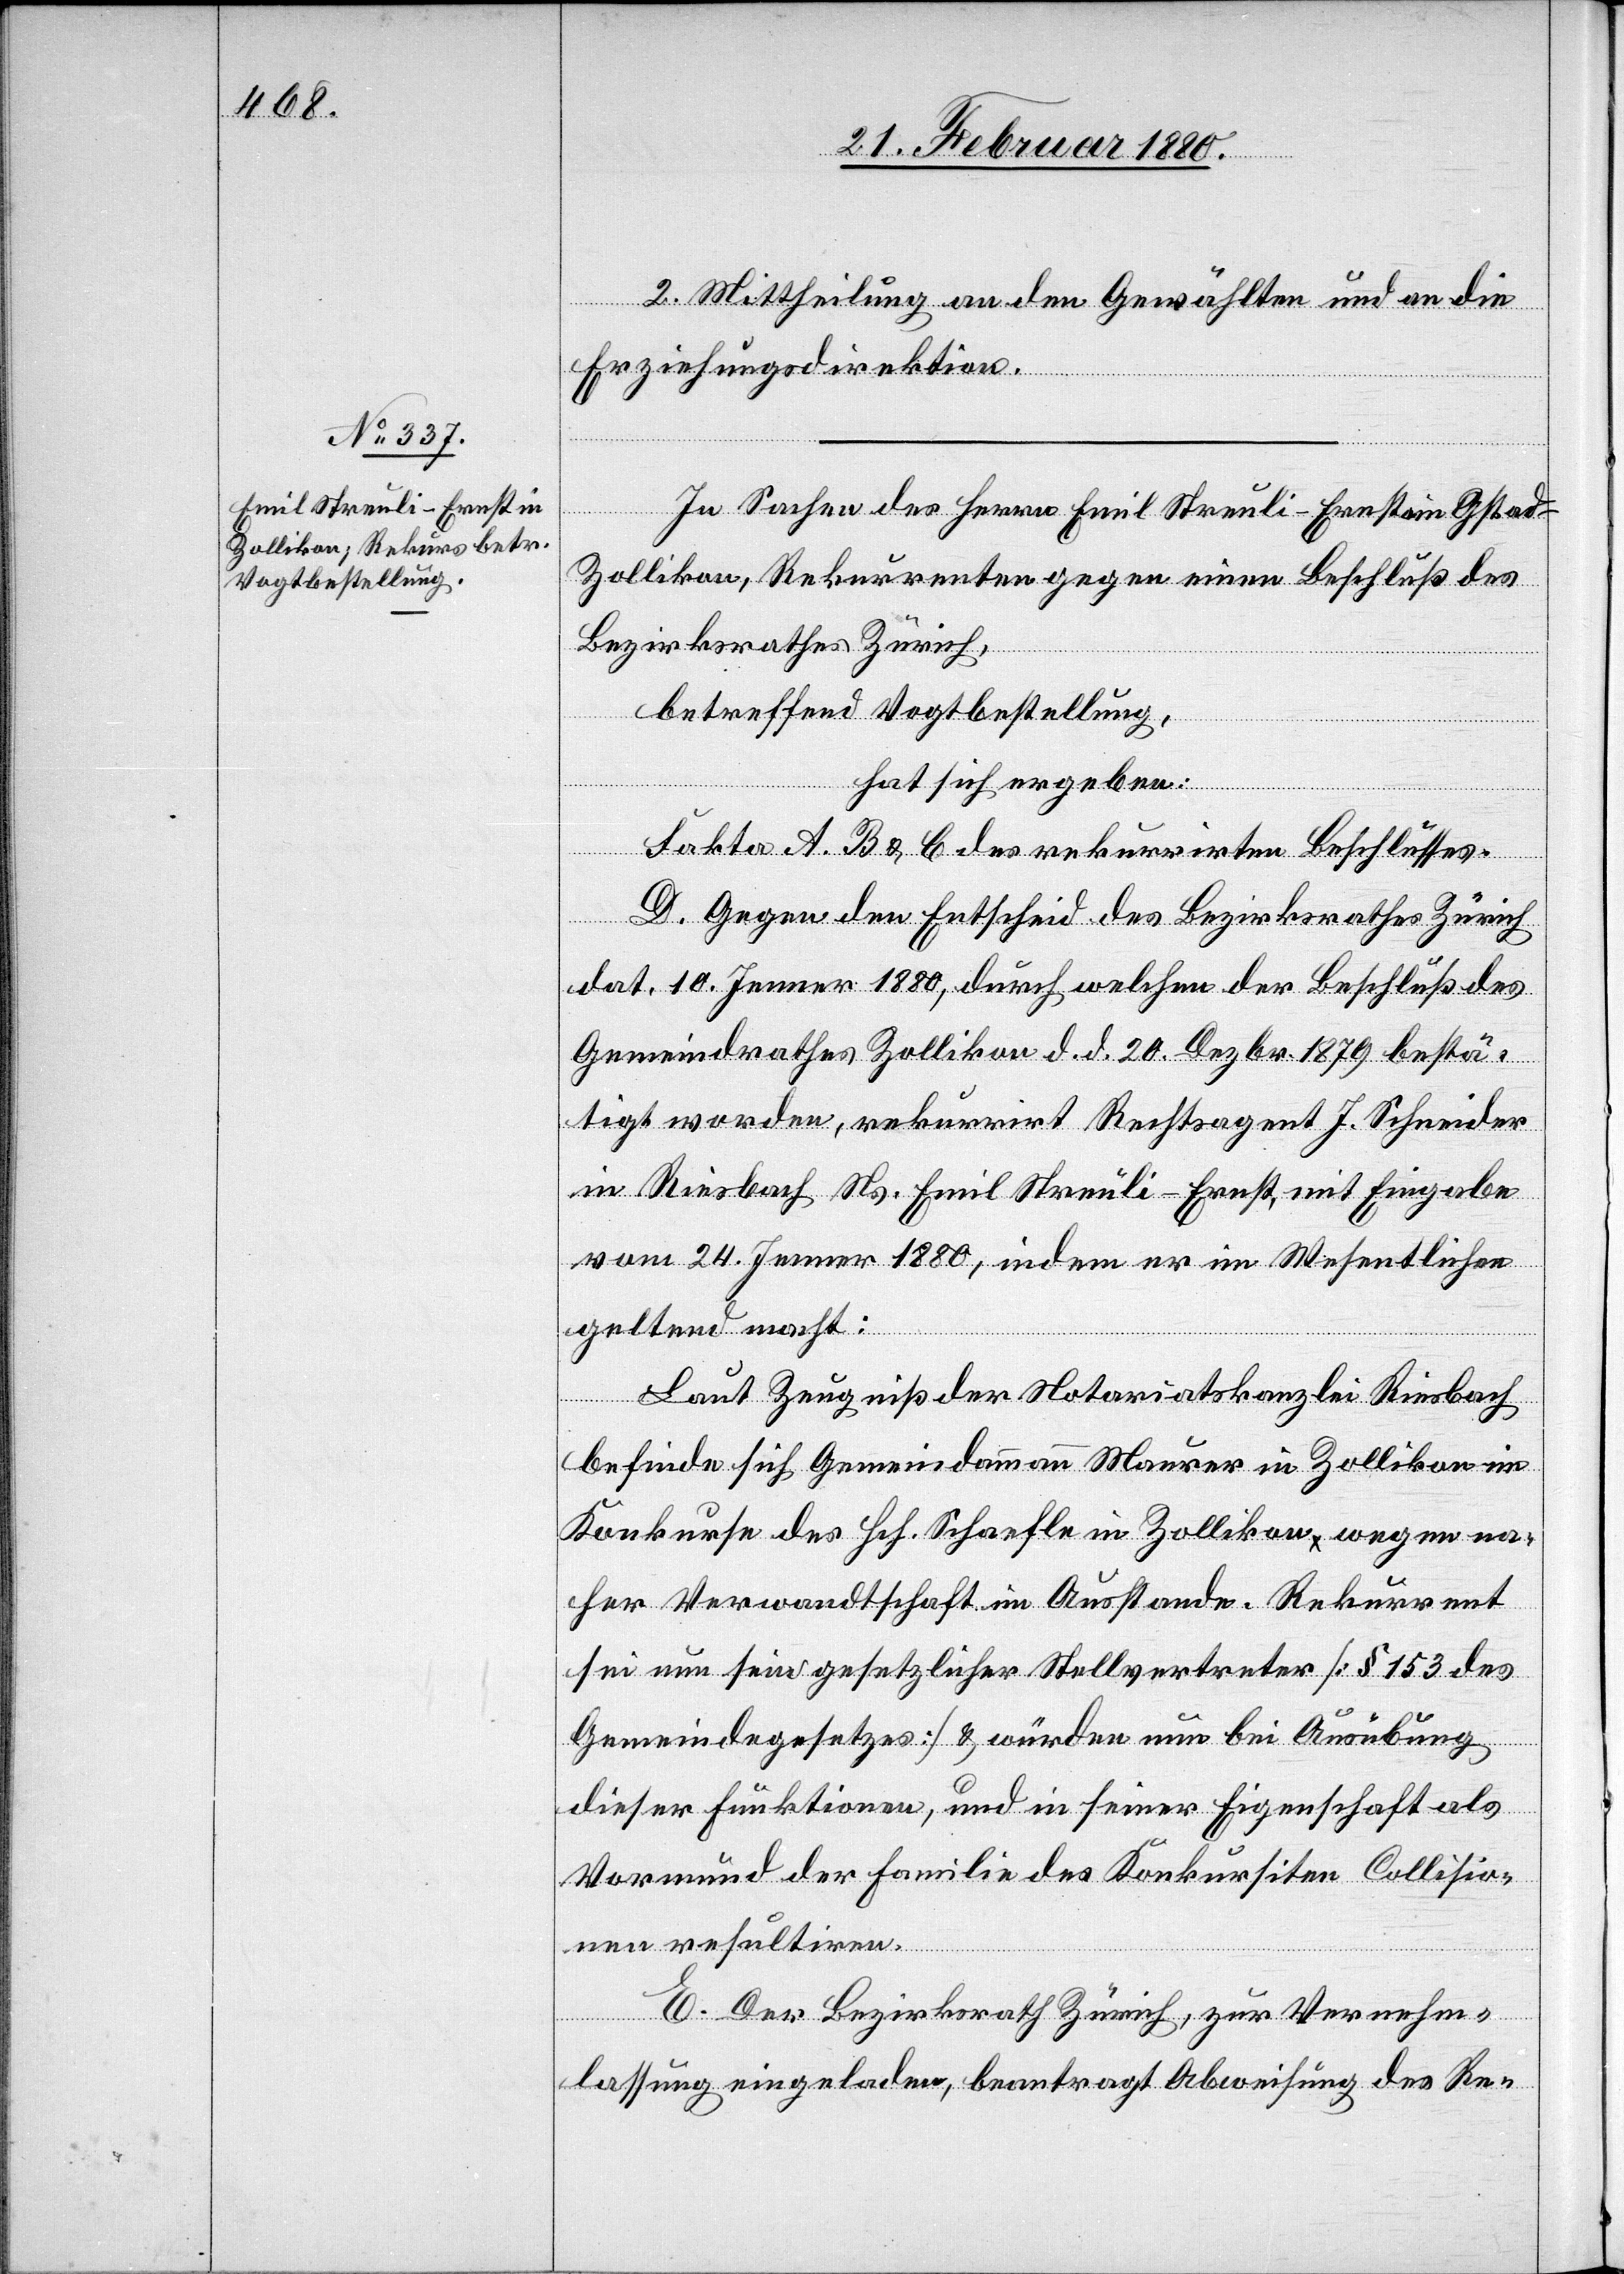
2. Mittheilung an den Gewählten und an die
Erziehungsdirektion.
In Sachen des Herrn Emil Streuli-Ernst am Gstad -
Zollikon, Rekurrenten gegen einen Beschluß des
Bezirksrathes Zürich,
betreffend Vogtbestellung,
hat sich ergeben:
Fakta A. B. & C des rekurrirten Beschlusses.
D. Gegen den Entscheid des Bezirksrathes Zürich
dat. 10. Jenner 1880, durch welchen der Beschluß des
Gemeindrathes Zollikon d. d. 20. Dezbr. 1879 bestä¬
tigt worden, rekurrirt Rechtsagent J. Schneider
in Riesbach Ns. Emil Streuli-Ernst, mit Eingabe
vom 24. Jenner 1880, indem er im Wesentlichen
geltend macht:
Laut Zeugniß der Notariatskanzlei Riesbach
befinde sich Gemeindammann Maurer in Zollikon im
Konkurse des Hch. Schaefle in Zollikon wegen na¬
her Verwandtschaft im Ausstande. Rekurrent
sei nun sein gesetzlicher Stellvertreter [§ 153 des
Gemeindegesetzes] & würden nun bei Ausübung
dieser Funktionen, und in seiner Eigenschaft als
Vormund der Familie des Konkursiten Collisio¬
nen resultiren.
E. Der Bezirksrath Zürich, zur Vernehm¬
lassung eingeladen, beantragt Abweisung des Re-